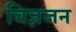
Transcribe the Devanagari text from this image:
विज्ञजन